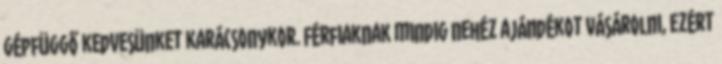
gépfüggő kedvesünket karácsonykor. Férfiaknak mindig nehéz ajándékot vásárolni, ezért